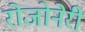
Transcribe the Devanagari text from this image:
रोजोनेरी